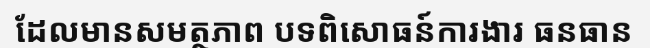
ដែលមានសមត្ថភាព បទពិសោធន៍ការងារ ធនធាន